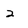
Character: 2